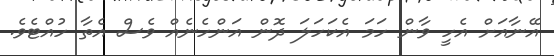
އޭނާއަށް އެހީ ވާން ހަމަ އެކަހަލަ ދޮން އަންހެނެއް ވެސް އެތާ ހުއްޓެވެ.